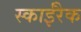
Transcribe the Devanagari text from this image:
स्काईरैक